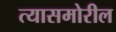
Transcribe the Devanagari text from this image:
त्यासमोरील